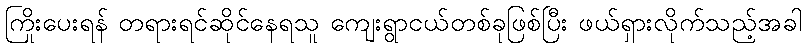
ကြိုးပေးရန် တရားရင်ဆိုင်နေရသူ ကျေးရွာငယ်တစ်ခုဖြစ်ပြီး ဖယ်ရှားလိုက်သည့်အခါ